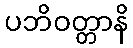
ပဘိဝတ္တာနိ